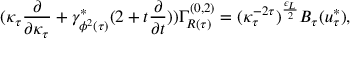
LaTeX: ( \kappa _ { \tau } \frac { \partial } { \partial \kappa _ { \tau } } + \gamma _ { \phi ^ { 2 } ( \tau ) } ^ { * } ( 2 + t \frac { \partial } { \partial t } ) ) \Gamma _ { R ( \tau ) } ^ { ( 0 , 2 ) } = ( \kappa _ { \tau } ^ { - 2 \tau } ) ^ { \frac { \epsilon _ { L } } { 2 } } B _ { \tau } ( u _ { \tau } ^ { * } ) ,